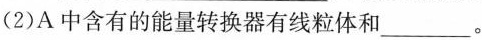
(2)A中含有的能量转换器有线粒体和___。